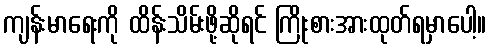
ကျန်းမာရေးကို ထိန်းသိမ်းဖို့ဆိုရင် ကြိုးစားအားထုတ်ရမှာပေါ့။